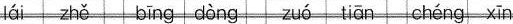
lái zhě bīng dòng zuó tiān chéng xīn